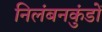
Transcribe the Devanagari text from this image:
निलंबनकुंडों